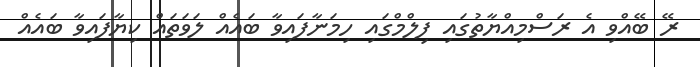
ރޭ ބޭއްވި އެ ރަސްމިއްޔާތުގައި ފިލްމްގައި ހިމަނާފައިވާ ބައެއް ލަވަތައް ކިޔާފައިވާ ބައެއް